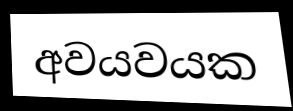
අවයවයක